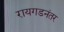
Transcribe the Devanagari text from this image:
रायगडनंतर